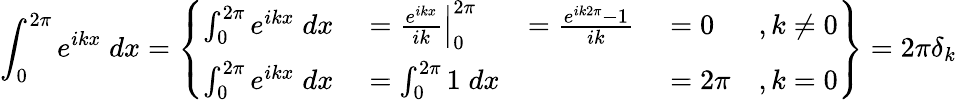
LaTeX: \int_{0}^{2\pi}e^{ikx}\; dx=\left\{ \begin{array}{rlrlr}{\int_{0}^{2\pi}e^{ikx}\; dx}&{{}=\left.\frac{e^{ikx}}{ik}\right|_{0}^{2\pi}}&{=\frac{e^{ik2\pi}-1}{ik}}&{{}=0}&{,k\neq 0}\\ {\int_{0}^{2\pi}e^{ikx}\; dx}&{{}=\int_{0}^{2\pi}1\; dx}&{}&{{}=2\pi}&{,k=0}\end{array}\right\} =2\pi\delta_{k}